画像に写った文字を読んでください
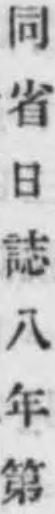
「同省日誌八年第」と書いてあります